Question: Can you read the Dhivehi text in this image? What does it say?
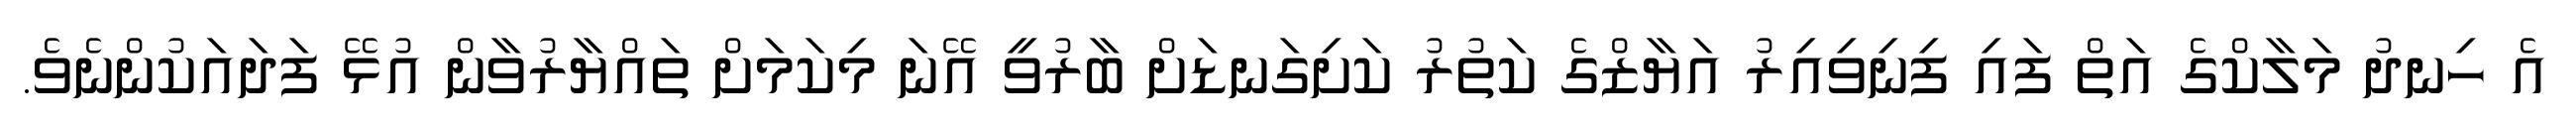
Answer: އެ ހިނދު މަލާކްގެ އަތް ފައި ފިނިވިއިރު އަޔާޒްގެ ކަތުރު ކަށިގަނޑަށް ބާރުވީ އޭނަ މިކަމަށް ތައްޔާރުވާން އުޅޭ ފަދައަކުންނެވެ.